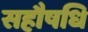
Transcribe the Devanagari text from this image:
सहौषधि